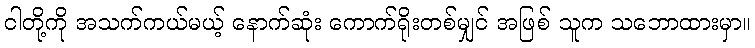
ငါတို့ကို အသက်ကယ်မယ့် နောက်ဆုံး ကောက်ရိုးတစ်မျှင် အဖြစ် သူက သဘောထားမှာ။